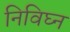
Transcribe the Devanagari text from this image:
निविघ्न